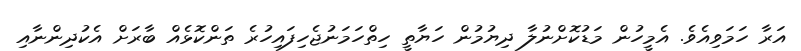
އަރާ ހަމަވިއެވެ. އެމީހުން މަޑުކޮށްނުލާ ދިޔުމުން ހަޔާތީ ހިތްހަމަނުޖެހިފައިހުރެ ތަންކޮޅެއް ބާރަށް އެކުދިންނާއި